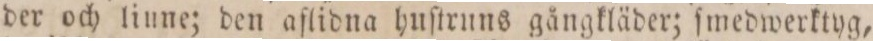
der och linne; den aflidna huſtruns gångkläder; ſmedwerktyg,